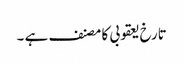
تارخ یعقوبی کا مصنف ہے ۔